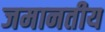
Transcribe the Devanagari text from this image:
जमानतीय